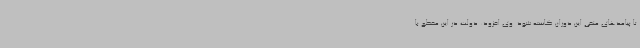
تا پیامدهای منفی این دوران کاسته شود. وی افزود: دولت در این مقطع با